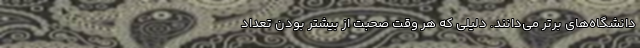
دانشگاه‌های برتر می‌دانند. دلیلی که هر وقت صحبت از بیشتر بودن تعداد